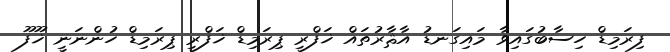
ފިރަމިޑް ހިސާބުގައިވާ މައިގަނޑު އާޘާރުތައް ޚަފްރީ ޕިރަމިޑް ޚަފްރީ ޕިރަމިޑް ހުންނަނީ ޚޫފޫ